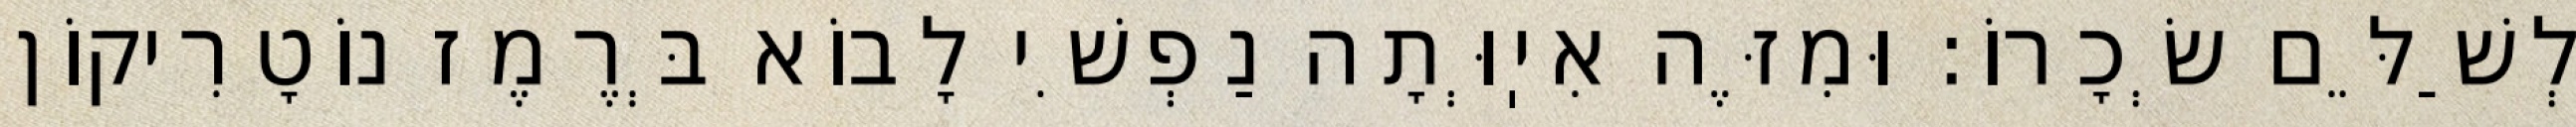
לְשַׁלֵּם שְׂכָרוֹ: וּמִזֶּה אִיֽוְּתָה נַפְשִׁי לָבוֹא בְּרֶמֶז נוֹטָרִיקוֹן